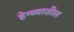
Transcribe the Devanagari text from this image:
हेन्च्यातील